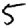
Digit: 5